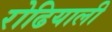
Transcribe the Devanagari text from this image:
रोढियाली